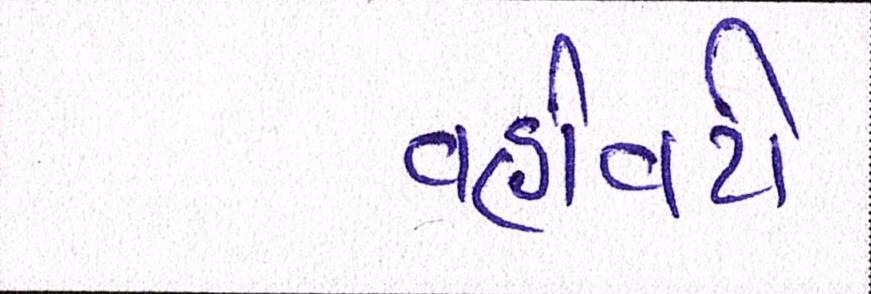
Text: વહીવટી